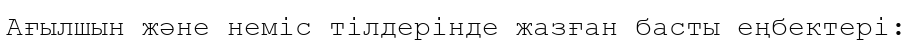
Ағылшын және неміс тілдерінде жазған басты еңбектері: